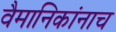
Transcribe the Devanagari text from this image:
वैमानिकांनाच